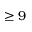
\geq 9